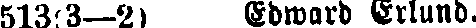
513:3—2) Edward Erlund.